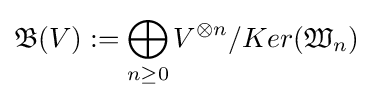
{\mathfrak {B}}(V):=\bigoplus _{n\geq 0}V^{\otimes n}/Ker({\mathfrak {W}}_{n})